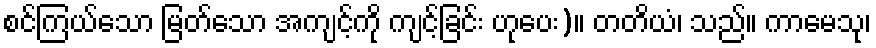
စင်ကြယ်သော မြတ်သော အကျင့်ကို ကျင့်ခြင်း ဟုပေး)။ တတိယံ၊ သည်။ ကာမေသု၊